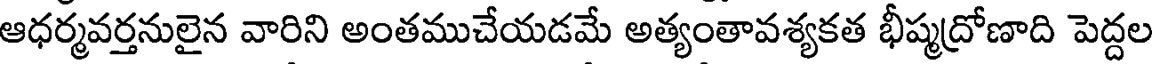
ఆధర్మవర్తనులైన వారిని అంతముచేయడమే అత్యంతావశ్యకత భీష్మద్రోణాది పెద్దల